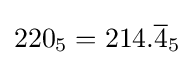
220_{5}=214.{\overline {4}}_{5}